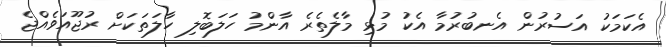
އެކަމަކު އަސުރުން އެނބުރުމާ އެކު މުޅި މާލެތެރެ އާންމު ހަލަބޮލި ހާލަތަކަށް ރުޖޫއަވެއްޖެ